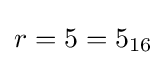
r=5={\text{5}}_{16}